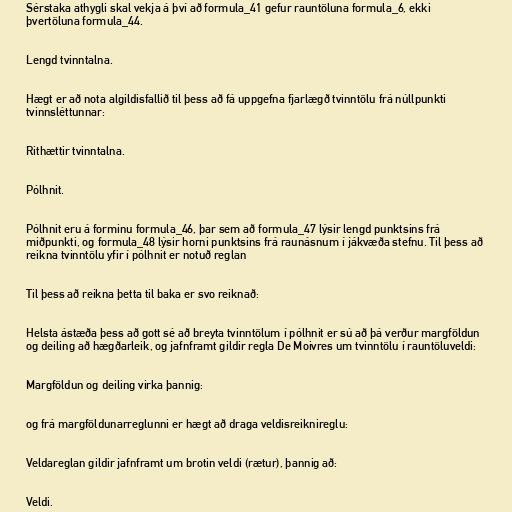
Sérstaka athygli skal vekja á því að formula_41 gefur rauntöluna formula_6, ekki
þvertöluna formula_44.

Lengd tvinntalna.

Hægt er að nota algildisfallið til þess að fá uppgefna fjarlægð tvinntölu frá núllpunkti
tvinnsléttunnar:

Rithættir tvinntalna.

Pólhnit.

Pólhnit eru á forminu formula_46, þar sem að formula_47 lýsir lengd punktsins frá
miðpunkti, og formula_48 lýsir horni punktsins frá raunásnum í jákvæða stefnu. Til þess að
reikna tvinntölu yfir í pólhnit er notuð reglan

Til þess að reikna þetta til baka er svo reiknað:

Helsta ástæða þess að gott sé að breyta tvinntölum í pólhnit er sú að þá verður margföldun
og deiling að hægðarleik, og jafnframt gildir regla De Moivres um tvinntölu í rauntöluveldi:

Margföldun og deiling virka þannig:

og frá margföldunarreglunni er hægt að draga veldisreiknireglu:

Veldareglan gildir jafnframt um brotin veldi (rætur), þannig að:

Veldi.